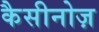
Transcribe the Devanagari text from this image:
कैसीनोज़